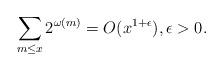
LaTeX: \begin{align*}\sum_{m\leq x}2^{\omega(m)}=O(x^{1+\epsilon}),\epsilon>0.\end{align*}